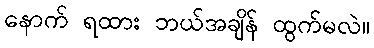
နောက် ရထား ဘယ်အချိန် ထွက်မလဲ။